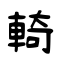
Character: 輢